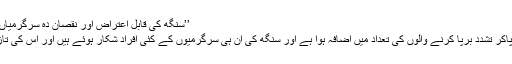
’’سنگھ کی قابل اعتراض اور نقصان دہ سرگرمیاں بنا رکاوٹ مسلسل جاری ہیں،
سنگھ کی سرگرمیوں سے شہ پاکر تشدد برپا کرنے والوں کی تعداد میں اضافہ ہوا ہے اور سنگھ کی ان ہی سرگرمیوں کے کئی افراد شکار ہوئے ہیں اور اس کی تازہ مثال گاندھی جی کا قتل ہے۔